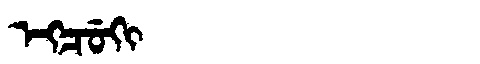
Manchu: ᡝᡴᠴᡠᡴᡳ
Romanization: EKCUKI